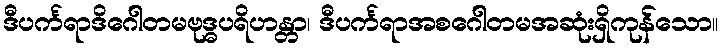
ဒီပင်္ကရာဒိဂေါတမဗုဒ္ဓပရိဟန္တာ၊ ဒီပင်္ကရာအစဂေါတမအဆုံးရှိကုန်သော။